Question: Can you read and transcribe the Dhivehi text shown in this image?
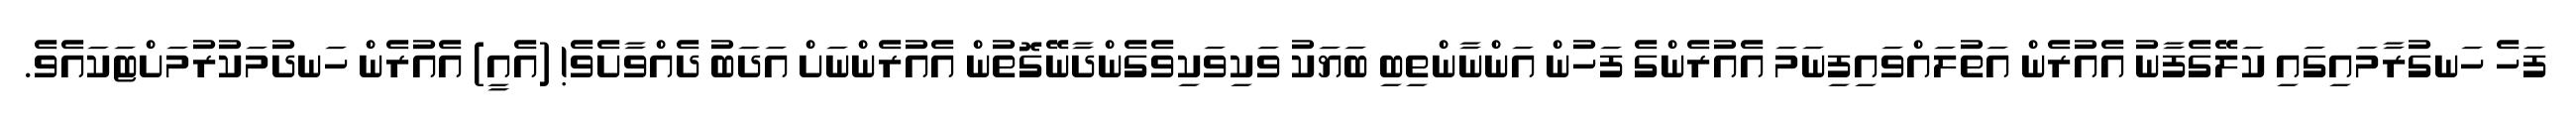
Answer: ފަހެ ހަނގުރާމައިގައި ކަލޭގެފާނު އެއުރެން އަތުލައްވައިފިނަމަ އެއުރެންގެ ފަހުން އަންނާންތިބި ބަޔަކު ވަކިވަކިވެގެންދާނޭގޮތުން އެއުރެންނަށް އަދަބު ދެއްވާށެވެ! (އެއީ) އެއުރެން ހަނދުމަކުރުމަށްޓަކައެވެ.